Lunatic asylums Bombay report 1891-1903 - 1891-1903
Year: 1891
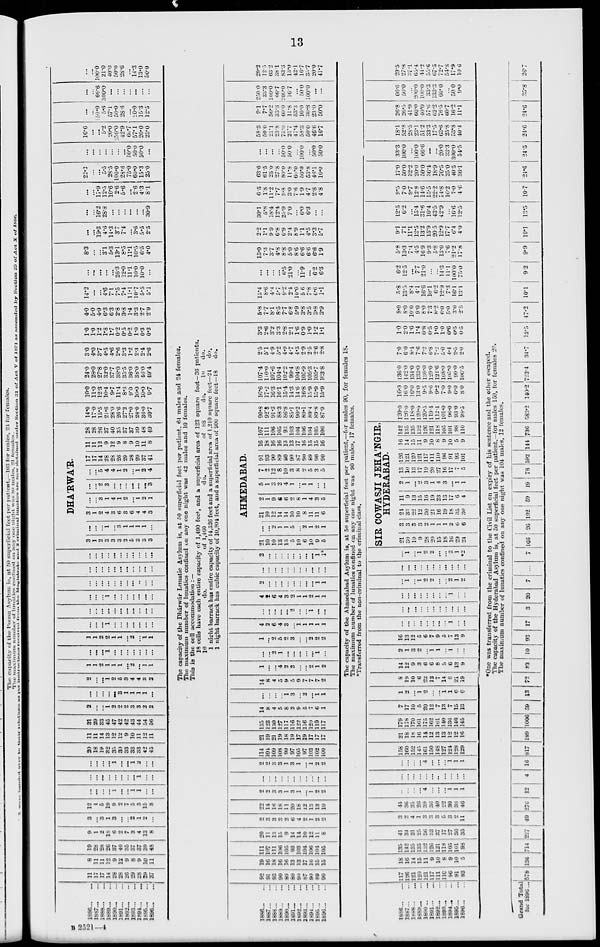
13
1886 ... ...
1887 ... ...
1888 ... ...
1889 ... ...
1890 ... ...
1891 ... ...
1892 ... ...
1893 ... ...
1894 ... ...
1895 ... ...
1896 ... ...
11
17
17
14
28
28
26
29
28
29
37
8
11
11
12
9
12
9
8
9
10
11
19
28
28
26
37
40
35
37
37
39
48
9
1
2
18
6
2
7
3
4
13
8
3
...
3
1
3
...
...
2 1
2
...
12
1
5
19
9
2
7
5
5
15
8
...
...
...
...
1
...
...
1
1
...
...
...
...
...
...
...
...
...
...
1
...
...
...
...
...
...
1
...
...
1
2
...
...
20
18
19
32
35
30
33
33
33
42
45
11
11
14
13
12
12
9
10
11
12
11
31
29
33
45
47
42
42
43
44
54
56
2
...
...
1
2
2
2
3
3
2
2
...
...
...
...
...
3
1
1
1
1
...
2
...
...
1
2
5
3
4
4
3
2
1
1
2
1
1
1
...
2
...
1
1
...
...
...
1
...
...
...
...
...
...
...
1
1
2
2
1
1
...
2
...
1
1
...
...
...
1
...
...
...
...
...
...
...
...
...
...
...
...
...
...
...
...
...
...
...
...
...
1
...
...
...
...
...
...
...
...
...
...
...
...
...
...
...
...
...
...
...
...
...
...
...
...
...
...
...
...
...
...
...
...
...
...
...
...
...
...
...
...
DHA'RWA'R.
3
1
2
3
3
3
2
5
3
3
3
...
...
...
1
...
3
1
1
1
1
...
3
1
2
4
3
6
3
6
4
4
3
...
...
3
1
4
1
2
...
1
2
1
...
...
2
3
...
...
...
...
...
...
3
...
...
5
4
4
1
2
...
1 2
4
17
17
14
28
28
26
29
28
29
37
41
11
11
12
9
12
9
8
9
10
11
8
28
28
26
37
40
35
37
37
39
48
49
14.0
17.0
15.5
21.6
28.0
26.6
27.2
27.0
28.0
36.0
39.7
10.0
11.0
12.3
10.4
9.7
11.4
8.3
9.0
10.0
10.0
9.7
24.0
28.0
27.8
32.0
377
38.0
35.5
36.0
38.0
46.0
49.4
30
4.0
3.7
4.5
4.6
2.6
3.3
1.2
2.3
2.4
2.6
1.0
1.0
1.2
1.8
1.7
0.2
0.5
0.2
1.0
0.3
0.3
4.0
5.0
4.9
6.3
63
2.8
3.8
1.4
3.3
2.7
2.9
14.2
...
...
4.6
7.1
7.5
7.4
11.1
10.7
5.5
5.1
...
...
...
...
...
26.3
12.0
11.1
10.0
10.0
...
8.3
...
...
3.1
5.3
13.1
8.5
11.1
10.5
6.5
4.0
...
...
19.3
4.6
14.3
3.7
7.4
...
3.6
5.5
2.5
...
...
16.2
28.3
...
...
...
...
...
...
30.9
...
...
17.9
12.5
10.6
2.6
5.6
...
26
4.3
8.1
22.2
...
...
5.5
28.5
100.0
28.6
75.0
60.0
15.3
25.0
...
...
...
...
...
...
...
50.0
50.0
50.0
...
16.6
...
...
5.2
20.0
50.0
42.9
66.7
57.1
20.0
25.0
...
...
50.0
5.6
57.1
50.0
28.6
...
20.0
15.3
12.5
...
...
66.6
300.0
...
...
...
...
...
...
...
...
...
100.0
21.0
40.0
50.0
28.6
...
14.3
13.0
50.0
The capacity of the Dhárwár Lunatic Asylum is, at 50 superficial feet per patient, 64 males and 24 females.
The maximum number of lunatics confined on any one night was 42 males and 10 females.
This is the cell accommodation : —
18 cells have each entire capacity of 1,490 feet, and a superficial area of 123 square feet—36 patients.
10
do.
of 1,460
do.
of
88
do.
10
do.
1 night barrack has entire capacity of 14,526 feet and a superficial area of 1,210 square feet—24
do.
1 night barrack has cubic capacity of 10,804 feet, and a superficial area of 900 square feet—18
do.
1886 ... ...
1887 ... ...
1888 ... ...
1889 ... ...
1890 ... ...
1891 ... ...
1892 ... ...
1893 ... ...
1894 ... ...
1895 ... ...
1896 ... ...
92
91
93
90
89
80
90
87
90
89
90
19
16
18
16
16
13
13
17
16
15
15
111
107
111
106
105
93
103
104
106
104
105
20
11
13
15
9
14
14
10
12
11
8
2
3
3
3
2
6
4
2
1
2
2
22
14
16
18
11
20
18
12
13
13
10
2
2
3
3
1
3
1
...
1
2
2
...
...
...
...
...
...
...
...
...
...
...
2
2
3
3
1
3
1
...
1
2
2
114
104
109
108
99
97
105
97
103
102
100
21
19
21
19
18
19
17
19
17
17
17
135
123
130
127
117
116
122
116
120
119
117
14
8
4
5
8
2
9
5
7
6
1
...
...
...
1
3
...
2
...
1
1
14
8
4
5
9
5
9
7
7
7
2
1
...
...
4
2
3
...
...
2
1
2
...
...
2
1
...
...
...
...
...
1
...
1
...
2
5
2
3
...
...
2
2
2
4
2
6
4
3
...
1
1
1
1
1
...
...
...
...
...
2
...
...
1
...
...
4
2
6
4
3
2
1
1
2
1
1
2
...
...
...
...
...
...
...
...
1
1
...
...
...
...
...
...
...
...
...
...
...
2
...
...
...
...
...
...
...
...
1
1*
AHMEDABAD.
21
10
10
13
13
5
10
6
10
9
5
...
...
2
1
1
5
...
2
1
2
1
21
10
12
14
14
10
10
8
11
11
6
2
1
9
6
6
2
8
1
4
3
5
5
1
3
2
4
1
...
1
1
...
...
7
2
12
8
10
3
8
2
5
3
5
91
93
90
89
80
90
87
90
89
90
90
16
18
16
16
13
13
17
16
15
15
16
107
111
106
105
93
103
104
106
104
105
106
90.8
92.8
91.3
88.3
86.8
85.1
90.2
89.1
89.4
89.8
87.9
16.6
17.2
16.3
16.1
15.4
14.3
14.6
16.8
15.9
15.9
15.9
107.4
110.0
107.6
104.4
102.2
99.4
104.8
105.9
105.3
105.7
103.8
2.5
5.1
4.9
5.2
4.9
4.7
4.3
2.9
2.5
2.6
2.8
3.3
2.6
3.2
3.3
2.8
2.1
1.6
0.9
1.0
1.2
1.1
5.8
7.7
8.1
8.5
7.7
6.8
5.9
3.8
3.5
3.8
3.9
15.4
8.6
4.4
5.7
9.2
2.4
10.0
5.6
7.8
6.6
1.1
...
...
...
...
6.5
21.0
...
11.9
...
6.2
6.3
13.0
7.3
3.7
4.8
8.8
5.0
8 6
6.6
6.6
6.6
1.9
2.2
1.1
9.9
6.8
6.9
2.4
8.9
1.1
4.5
3.3
5.7
30.1
5.8
18.4
12.4
25.9
7.0
...
6.0
6.3
...
...
6.5
1.8
11.2
7.7
9.8
3.0
7.6
1.9
4.7
2.8
4.8
63.6
61.5
25.0
27.8
80.0
11.8
60.0
50.0
53.8
46.1
10.0
...
...
...
...
50.0
50.0
...
100.0
...
50.0
50.0
58.3
50.0
21.1
23.8
75.0
21.7
47.4
53.3
50.0
46.6
16.7
9.1
7.7
56.2
33.3
60.0
11.8
53.3
10.0
30.8
23.0
50.0
250.0
33.3
100.0
66.7
200.0
16.7
...
50.0
100.0
...
...
29.2
12.5
63.2
38.1
83.3
13.0
42.1
16.7
35.7
20.0
41.7
The capacity of the Ahmedabad Asylum is, at 50 superficial feet per patient,—for males 90, for females 18.
The maximum number of lunatics confined on any one night was 90 males, 17 females.
*Transferred from the non-criminal to the criminal class.
1886 ... ...
1887 ... ...
1888 ... ...
1889 ... ...
1890 ... ...
1891 ... ...
1892 ... ...
1893 ... ...
1894 ... ...
1895 ... ...
1896 ... ...
117
126
121
120
121
117
111
110
96
91
93
18
16
14
15
11
9
10
8
9
10
5
135
142
135
135
132
126
12l
118
105
101
98
41
34
31
25
36
33
37
17
27
36
35
3
2
4
1
3
3
3
5
3
2
11
44
36
35
26
36
36
40
22
30
38
46
...
...
...
...
4
...
...
...
1
1
1
...
...
...
...
...
...
...
...
...
...
...
...
...
...
...
4
...
...
...
1
1
1
158
160
152
145
161
l50
348
127
124
128
129
21
18
18
16
14
12
13
13
12
12
16
179
178
170
161
175
162
161
140
136
140
145
7
17
10
5
20
12
7
13
7
15
13
1
2
...
1
2
...
...
1
1
6
6
8
19
10
6
22
12
7
14
8
21
19
14
12
9
3
6
6
8
5
6
13
9
2
1
3
2
...
1
1
...
1
...
...
16
13
12
5
6
7
9
5
7
13
9
...
...
...
...
...
...
...
...
1
...
...
...
...
...
...
...
...
...
...
...
...
...
...
...
...
...
...
...
...
...
1
...
...
... 1
...
1
2
2
...
...
2
1
2
...
...
...
...
...
...
...
...
...
...
...
... 1
...
1
2
2
...
...
2
1
*2
SIR COWASJI JEHA'NGIR,
HYDERABAD.
21
30
19
9
28
20
15
18
16
29
24
3
3
3
3
2
1
1
1
2
6
6
24
33
22
12
30
21
16
19
18
35
30
11
9
13
15
16
19
23
13
17
6
4
2
1
...
2
3
1
4
3
...
1
1
13
10
13
17
19
20
27
16
17
7
5
126
121
120
121
117
111
110
96
91
93
101
16
14
15
11
9
10
8
9
10
5
9
142
135
135
132
126
121
118
105
101
98
110
120.0
126.0
118.0
120.0
120.5
119.4
112.4
101.0
96.0
93.0
98.5
16.0
16.0
16.0
13.0
9.5
9.6
9.2
7.0
9.0
6.0
8.0
136.0
142.0
134.0
133.0
130.0
129.0
121.6
108.0
105.0
99.0
106.5
7.0
6.0
8.4
7.6
7.2
6.8
7.2
5.0
4.4
2.5
2.0
1.0
2.0
1.6
1.4
0.8
0.5
1.0
1.0
0.6
0.5
0.5
8.0
8.0
10.0
9.0
8.0
7.3
8.2
6.0
5.0
3 . 0
2.5
5.8
13.5
8.4
4.1
16.6
10.1
6.2
12.9
7.3
16.1
13.0
6.2
12.5
...
7.7
21.0
...
...
14.3
11.1
100.0
75.0
5.8
13.3
7.4
4.5
16 .9
9.3
5.8
13.0
7.6
21.2
17.8
9.1
7.1
11.1
12.5
13.2
15.9
20.5
12.9
17.7
6.4
4.0
12.5
6.2
...
15.4
31.6
10.4
43.5
42.9
...
16.6
12.5
9.5
7.0
9.7
12.8
14.6
15.5
22.2
14.8
16.2
7.0
4.6
17.0
50.0
32.2
20.0
50.0
36.4
18.9
76.5
25.0
40.5
36.1
33.3
100.0
...
100.0
66.6
...
...
20.0
33.3
300.0
54.5
18.1
52.8
28.5
23.1
51 . 2
33.3
17.5
63.6
25.8
53.8
40.4
26.8
26.5
41.9
60.0
40.0
57.6
62.2
76.5
60.7
16.2
11.1
66.6
50.0
...
200.0
100.0
33.3
133.3
60.0
...
50.0
9.0
29.5
27.8
37.1
65.4
44.2
55.6
67.5
72.7
54.3
17.9
10.6
*One was transferred from the criminal to the Civil List on expiry of his sentence and the other escaped.
The capacity
of
the
Hyderabad Asylum is, at 50 superficial feet per patient,—for males 150, for females 20.
The maximum number of lunatics confined on any one night was 104 males, 12 females.
Grand Total
fox 1896 ... 578 136 714 227 49 276 12 4 16 817 189 1006
59
13
72 83
10 93
17
3
20
7
...
7 166
26 192
59
19
78 592 144 736
583.2 140.2 723.4
34.7
12.5
47.2
10.1
9.2
9.9
10.1
13.5
10.7
24.6
24.5
24.6
24.6
35.8
26.7
B 2521—4